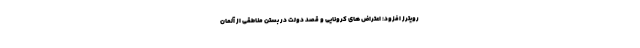
رویترز افزود: اعتراض های کرونایی و قصد دولت در بستن مناطقی از آلمان